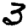
Digit: 3